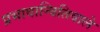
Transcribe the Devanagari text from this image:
प्रभावान्वितिवाले